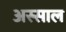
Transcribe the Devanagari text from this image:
अस्साल